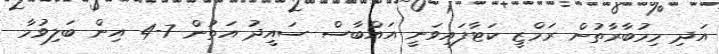
އަދި މިމުބާރާތުން ރަމްޒީ ކަޓާފައިވަނީ އައްބާސް ސައީދު އަތުން 7-4 އިން ބަލިވުމާ